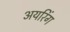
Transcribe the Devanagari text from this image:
अयरिंग